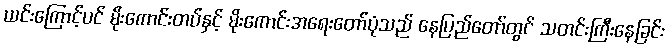
ယင်းကြောင့်ပင် မိုးကောင်းတပ်နှင့် မိုးကောင်းအရေးတော်ပုံသည် နေပြည်တော်တွင် သတင်းကြီးနေခြင်း